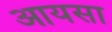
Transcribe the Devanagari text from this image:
आयसा